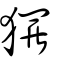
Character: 玀